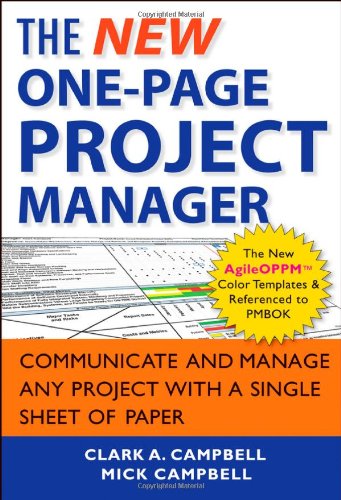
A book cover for The New One-Page Project Manager: Communicate and Manage Any Project With A Single Sheet of Paper; Clark A. Campbell; Business & Money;